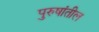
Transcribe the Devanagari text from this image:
पुरुषांतील